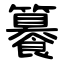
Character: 䉵